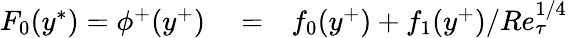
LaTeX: \begin{array}{rlr}{F_{0}(y^{\ast})=\phi^{+}(y^{+})}&{{}=}&{f_{0}(y^{+})+f_{1}(y^{+})/Re_{\tau}^{1/4}}\end{array}